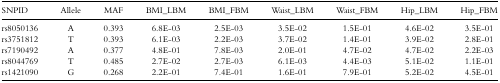
<table><thead><tr><td><b>SNPID</b></td><td><b>Allele</b></td><td><b>MAF</b></td><td><b>BMI_LBM</b></td><td><b>BMI_FBM</b></td><td><b>Waist_LBM</b></td><td><b>Waist_FBM</b></td><td><b>Hip_LBM</b></td><td><b>Hip_FBM</b></td></tr></thead><tbody><tr><td>rs8050136</td><td>A</td><td>0.393</td><td>6.8E-03</td><td>2.5E-03</td><td>3.5E-02</td><td>1.5E-01</td><td>4.6E-02</td><td>3.5E-01</td></tr><tr><td>rs3751812</td><td>T</td><td>0.393</td><td>6.1E-03</td><td>2.2E-03</td><td>3.7E-02</td><td>1.4E-01</td><td>3.9E-02</td><td>2.8E-01</td></tr><tr><td>rs7190492</td><td>A</td><td>0.377</td><td>4.8E-01</td><td>7.8E-03</td><td>2.0E-01</td><td>4.7E-02</td><td>4.7E-02</td><td>2.2E-03</td></tr><tr><td>rs8044769</td><td>T</td><td>0.485</td><td>2.7E-02</td><td>2.7E-03</td><td>6.1E-03</td><td>4.4E-03</td><td>5.1E-02</td><td>1.1E-01</td></tr><tr><td>rs1421090</td><td>G</td><td>0.268</td><td>2.2E-01</td><td>7.4E-01</td><td>1.6E-01</td><td>7.9E-01</td><td>5.2E-02</td><td>4.5E-01</td></tr></tbody></table>